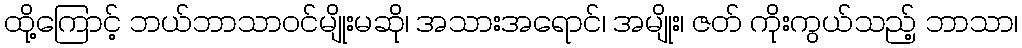
ထို့ကြောင့် ဘယ်ဘာသာဝင်မျိုးမဆို၊ အသားအရောင်၊ အမျိုး၊ ဇတ် ကိုးကွယ်သည့် ဘာသာ၊